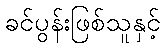
ခင်ပွန်းဖြစ်သူနှင့်